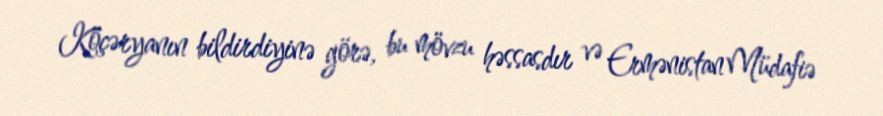
Köçəryanın bildirdiyinə görə, bu mövzu həssasdır və Ermənistan Müdafiə